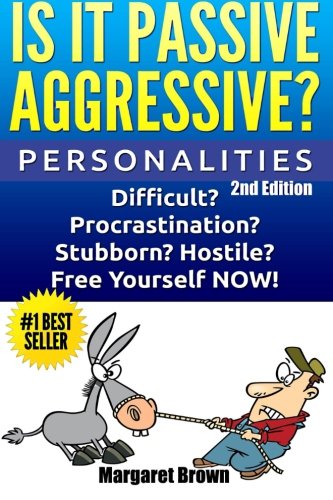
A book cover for Personalities: Is it Passive Aggressive?: Difficult? Stubborn? Hostile? Procrastination? Free Yourself NOW!; Margaret Brown; Parenting & Relationships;